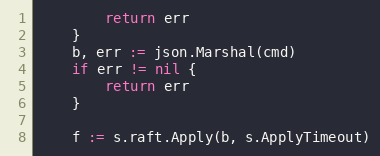
Language: Go
		return err
	}
	b, err := json.Marshal(cmd)
	if err != nil {
		return err
	}

	f := s.raft.Apply(b, s.ApplyTimeout)